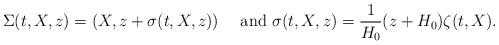
\begin{align*}\Sigma(t,X,z)=(X,z+\sigma(t,X,z))\quad\mbox{ and }\sigma(t,X,z)=\frac{1}{H_0}(z+H_0)\zeta(t,X).\end{align*}